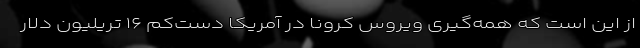
از این است که همه‌گیری ویروس کرونا در آمریکا دست‌کم ۱۶ تریلیون دلار